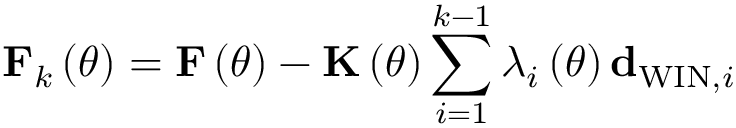
{ \bf F } _ { k } \left( \theta \right) = { \bf F } \left( \theta \right) - { \bf K } \left( \theta \right) \sum _ { i = 1 } ^ { k - 1 } \lambda _ { i } \left( \theta \right) { \bf d } _ { \mathrm { W I N } , i }